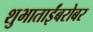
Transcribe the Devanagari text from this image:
शुभाताईंबरोबर